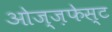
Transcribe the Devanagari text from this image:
ओज्ज़फेस्ट